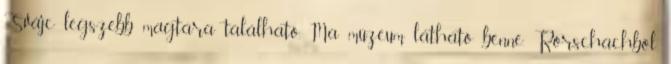
Svájc legszebb magtára található. Ma múzeum látható benne. Rorschachból